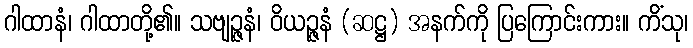
ဂါထာနံ၊ ဂါထာတို့၏။ သဗျဉ္ဇနံ၊ ဝိယဉ္ဇနံ (ဆဋ္ဌ) အနက်ကို ပြကြောင်းကား။ ကိံသု၊